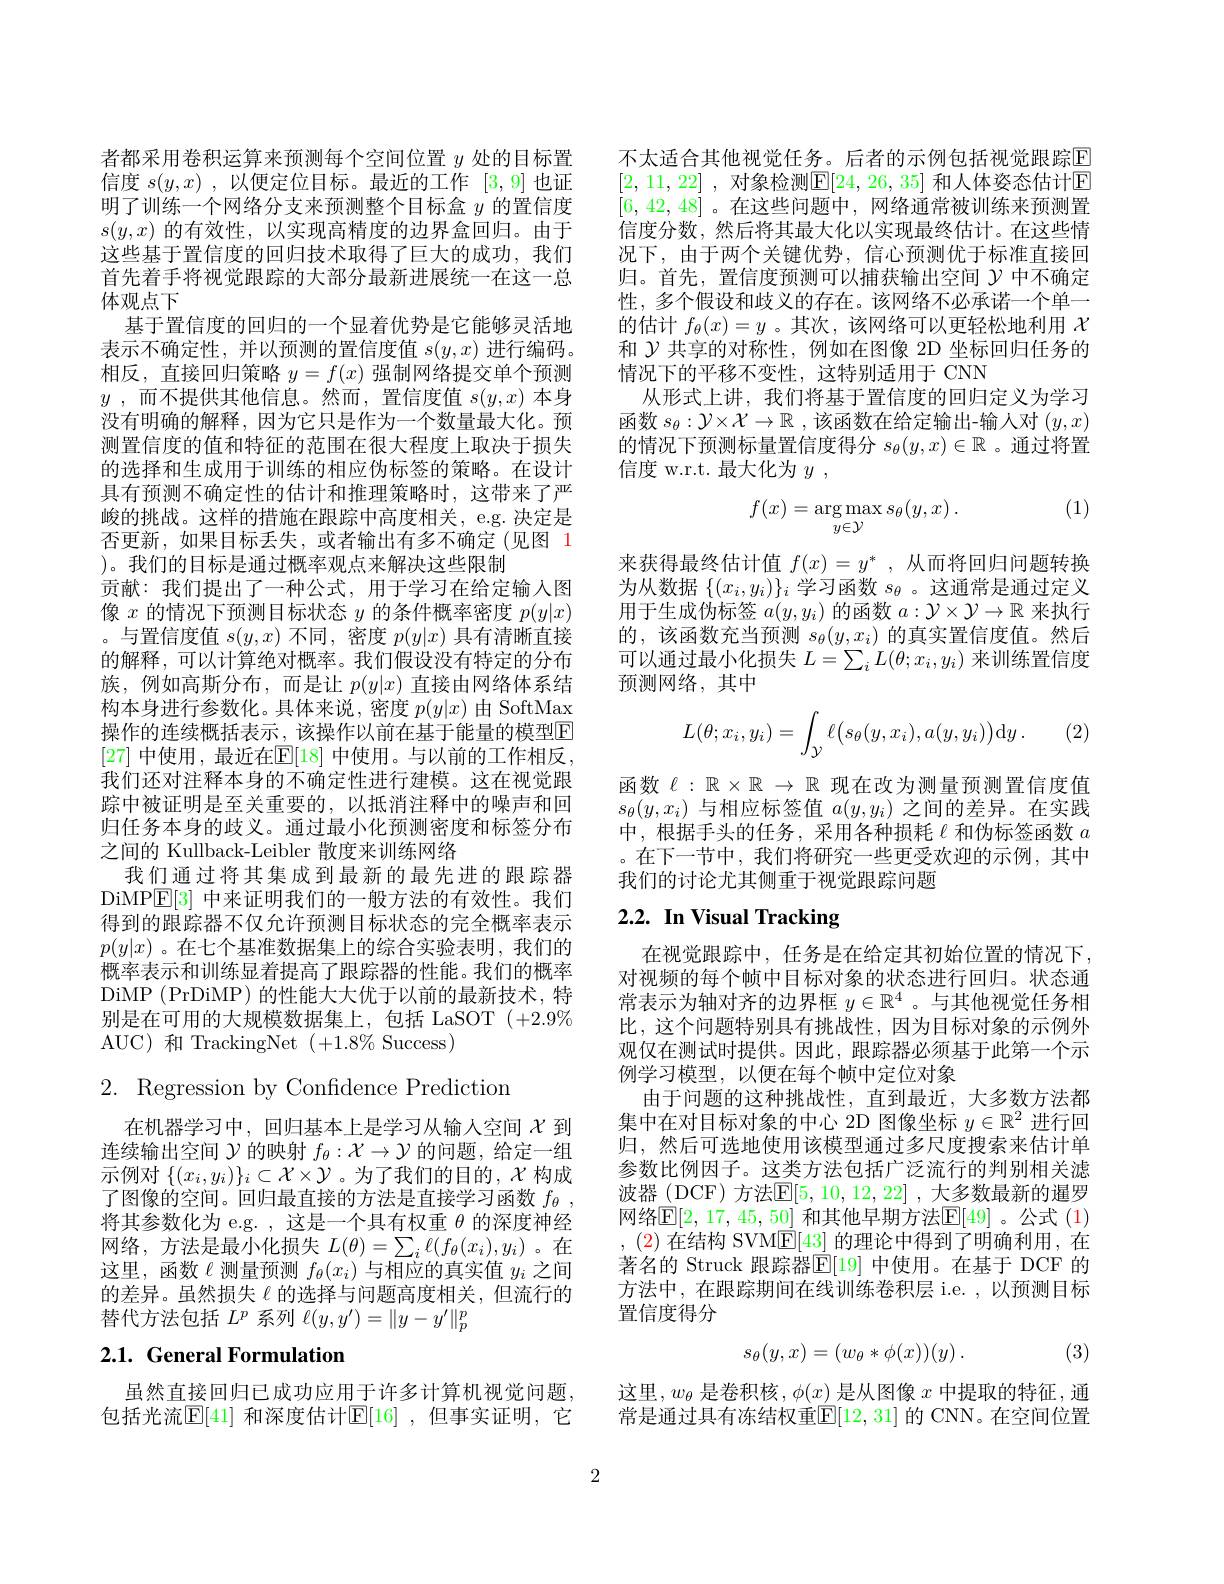
者都采用卷积运算来预测每个空间位置$y$处的目标置信度$s(y,x)$ ,以便定位目标。最近的工作[3,9]也证明了训练一个网络分支来预测整个目标盒$y$的置信度$s(y,x)$的有效性，以实现高精度的边界盒回归。由于这些基于置信度的回归技术取得了巨大的成功，我们首先着手将视觉跟踪的大部分最新进展统一在这一总体观点下
基于置信度的回归的一个显着优势是它能够灵活地表示不确定性，并以预测的置信度值$s(y,x)$进行编码。相反，直接回归策略$y=f(x)$强制网络提交单个预测$y$ , 而不提供其他信息。然而，置信度值 $s(y,x)$ 本身没有明确的解释，因为它只是作为一个数量最大化。预测置信度的值和特征的范围在很大程度上取决于损失的选择和生成用于训练的相应伪标签的策略。在设计具有预测不确定性的估计和推理策略时，这带来了严峻的挑战。这样的措施在跟踪中高度相关，e.g. 决定是否更新，如果目标丢失，或者输出有多不确定(见图 1 )。我们的目标是通过概率观点来解决这些限制
贡献：我们提出了一种公式，用于学习在给定输入图像$x$的情况下预测目标状态$y$的条件概率密度$p(y|x)$ 。与置信度值$s(y,x)$不同 ,密度$p(y|x)$具有清晰直接的解释，可以计算绝对概率。我们假设没有特定的分布族，例如高斯分布，而是让$p(y|x)$直接由网络体系结构本身进行参数化。具体来说，密度$p(y|x)$由 SoftMax 操作的连续概括表示，该操作以前在基于能量的模型E [27] 中使用，最近在$\mathbb{E}[18]$ 中使用。与以前的工作相反， 我们还对注释本身的不确定性进行建模。这在视觉跟踪中被证明是至关重要的，以抵消注释中的噪声和回归任务本身的歧义。通过最小化预测密度和标签分布之间的 Kullback-Leibler 散度来训练网络
我们通过将其集成到最新的最先进的跟踪器DiMPE[ 3] 中来证明我们的一般方法的有效性。我们得到的跟踪器不仅允许预测目标状态的完全概率表示$p(y|x)$。在七个基准数据集上的综合实验表明，我们的概率表示和训练显着提高了跟踪器的性能。我们的概率DiMP (PrDiMP) 的性能大大优于以前的最新技术，特别是在可用的大规模数据集上，包括 LaSOT (+2.9%) AUC)和 TrackingNet$(+1.8\%$Success)

2. Regression by Confidence Prediction

在机器学习中，回归基本上是学习从输人空间$\chi$到连续输出空间$\mathcal{Y}$的映射$f_\theta:\mathcal{X}\to\mathcal{Y}$的问题，给定一组示例对$\{(x_i,y_i)\}_i\subset\mathcal{X}\times\mathcal{Y}$。为了我们的目的，$\mathcal{X}$构成了图像的空间。回归最直接的方法是直接学习函数$f_{\theta }$ , 将其参数化为 e.g. , 这是一个具有权重$\theta$的深度神经网络，方法是最小化损失$L(\theta)=\sum_i\ell(f_\theta(x_i),y_i)$。在这里，函数$\ell$测量预测$f_\theta(x_i)$与相应的真实值$y_i$之间的差异。虽然损失$\ell$的选择与问题高度相关，但流行的替代方法包括$L^p$系列$\ell(y,y^\prime)=\|y-y^{\prime}\|_p^p$

# 2.1. General Formulation

虽然直接回归已成功应用于许多计算机视觉问题， 包括光流$\mathbb{E}[41]$ 和深度估计$\mathbb{E}[16]$, 但事实证明，它

不太适合其他视觉任务。后者的示例包括视觉跟踪$\overline{\mathrm{E}}$ [2,11,22] ,对象检测$\mathbb{E}[24,26,35]$ 和人体姿态估计区[6,42,48]。在这些问题中，网络通常被训练来预测置信度分数，然后将其最大化以实现最终估计。在这些情况下，由于两个关键优势，信心预测优于标准直接回归。首先，置信度预测可以捕获输出空间$\gamma$中不确定性，多个假设和歧义的存在。该网络不必承诺一个单一的估计$f_\theta(x)=y$ 。其次，该网络可以更轻松地利用$\chi$ 和$\mathcal{Y}$共享的对称性，例如在图像 2D 坐标回归任务的情况下的平移不变性，这特别适用于 CNN
从形式上讲，我们将基于置信度的回归定义为学习$函数s_\theta:\mathcal{Y}\times\mathcal{X}\to\mathbb{R}$ ,该函数在给定输出-输人对$(y,x)$ 的情况下预测标量置信度得分$s_\theta(y,x)\in\mathbb{R}$ 。通过将置信度 w.r.t. 最大化为$y$ ,

(1)
$$f(x)=\underset{y\in\mathcal{Y}}{\arg\max}s_\theta(y,x)\:.$$
来获得最终估计值$f(x)=y^*$,从而将回归问题转换为从数据$\{(x_i,y_i)\}_i$学习函数$s_\theta$ 。这通常是通过定义用于生成伪标签$a(y,y_i)$的函数$a:\mathcal{Y}\times\mathcal{Y}\to\mathbb{R}$来执行的，该函数充当预测$s_\theta(y,x_i)$的真实置信度值。然后可以通过最小化损失$L=\sum_iL(\theta;x_i,y_i)$来训练置信度预测网络，其中

(2)
$$L(\theta;x_i,y_i)=\int_{\mathcal{Y}}\ell\big(s_\theta(y,x_i),a(y,y_i)\big)\mathrm{d}y\:.$$
函数$\ell:\mathbb{R}\times\mathbb{R}\to\mathbb{R}$现在改为测量预测置信度值$s_\theta(y,x_i)$与相应标签值$a(y,y_i)$之间的差异。在实践中，根据手头的任务，采用各种损耗$\ell$和伪标签函数 $a$ 。在下一节中，我们将研究一些更受欢迎的示例，其中我们的讨论尤其侧重于视觉跟踪问题

# 2.2. In Visual Tracking

在视觉跟踪中，任务是在给定其初始位置的情况下， 对视频的每个帧中目标对象的状态进行回归。状态通常表示为轴对齐的边界框$y\in\mathbb{R}^4$ 。与其他视觉任务相比，这个问题特别具有挑战性，因为目标对象的示例外观仅在测试时提供。因此，跟踪器必须基于此第一个示例学习模型，以便在每个帧中定位对象
由于问题的这种挑战性，直到最近，大多数方法都集中在对目标对象的中心 2D 图像坐标$y\in\mathbb{R}^2$进行回归，然后可选地使用该模型通过多尺度搜索来估计单参数比例因子。这类方法包括广泛流行的判别相关滤波器 (DCF) 方法$\mathbb{E}[5,10,12,22]$ ,大多数最新的暹罗网络$\mathbb{E}[2,17,45,50]$ 和其他早期方法$\mathbb{E}[49]$ 。公式 (1) ,(2)在结构 SVM$\underline{\mathrm{E}}[43]$的理论中得到了明确利用，在著名的 Struck 跟踪器$\mathbb{E}[$19] 中使用。在基于 DCF 的方法中，在跟踪期间在线训练卷积层 i.e. ,以预测目标置信度得分
$$s_\theta(y,x)=(w_\theta*\phi(x))(y)\:.$$
(3)

这里$,w_\theta$是卷积核$,\phi(x)$是从图像$x$中提取的特征，通常是通过具有冻结权重$\mathbb{E}[12,31]$ 的 CNN。在空间位置

2